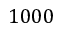
1 0 0 0